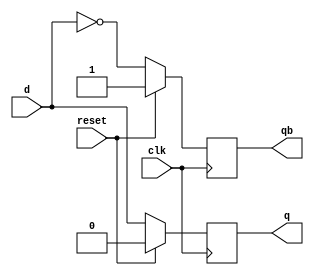
module dff(d,q,qb,clk,reset); 
  input d, clk, reset; 
  output reg q, qb; 
  always@(posedge clk) 
  begin
    if(reset == 1)
      begin
        q <= 0;
        qb <= 1;
      end
    else
      begin
        q <= d; 
        qb <= !d;
      end 
  end 
endmodule

module sequence1111_dff(x, clk, rst, out);
  input x, clk, rst;
  output out;
  wire an,bn,cn,bxorc,d1,d2,d3,ad,bd,cd,w1,w2;
  
  not g01(cn,c);
  
  not g11(bn,b);
  and g12(w1,a,cn,x);
  and g13(w2,b,c,x);
  or g14(d1,w1,w2);
  
  xor g21(bxorc,b,c);
  and g22(d2,x,bxorc);
  
  not g31(an,a);
  and g32(d3,an,cn,x);
  
  dff f1(.d(d1),.q(a),.qb(ad),.clk(clk),.reset(rst));
  dff f2(.d(d2),.q(b),.qb(bd),.clk(clk),.reset(rst));
  dff f3(.d(d3),.q(c),.qb(cd),.clk(clk),.reset(rst));
  
  not g41(an,a);
  and g42(out, a, bn);
endmodule